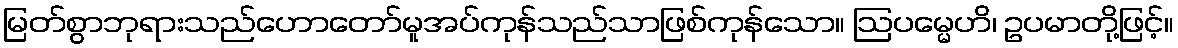
မြတ်စွာဘုရားသည်ဟောတော်မူအပ်ကုန်သည်သာဖြစ်ကုန်သော။ ဩပမ္မေဟိ၊ ဥပမာတို့ဖြင့်။